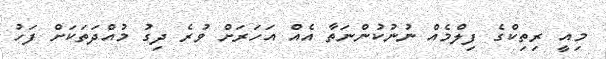
މިއީ ރިތިކްގެ ފިލްމެއް ނުނުކުންނަތާ އެއް އަހަރަށް ވުރެ ދިގު މުއްދަތަކަށް ފަހު